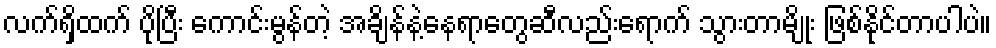
လက်ရှိထက် ပိုပြီး ကောင်းမွန်တဲ့ အချိန်နဲ့နေရာတွေဆီလည်းရောက် သွားတာမျိုး ဖြစ်နိုင်တာပါပဲ။